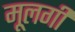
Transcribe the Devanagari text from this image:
मूलगी